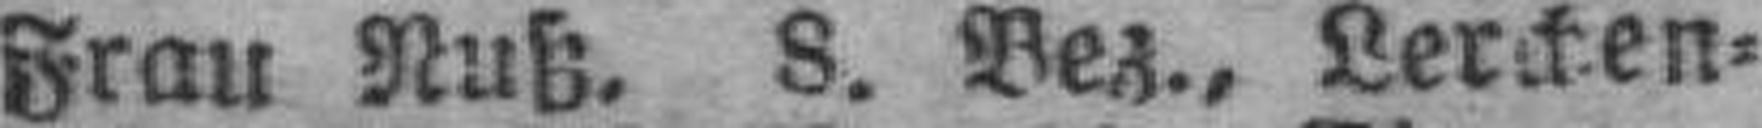
Frau Nuß, 8. Bez., Lerchen¬